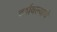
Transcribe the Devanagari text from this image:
दर्शवल्याचे